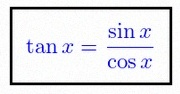
\tan x=\frac{\sin x}{\cos x}